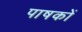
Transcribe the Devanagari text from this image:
पाषकों